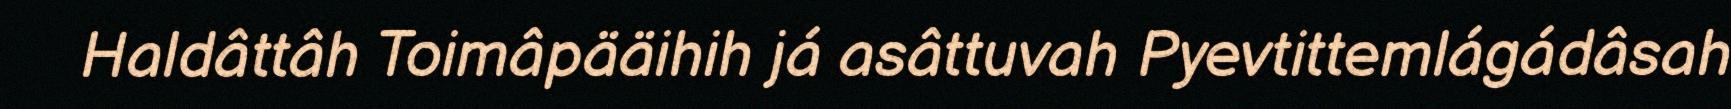
Haldâttâh Toimâpääihih já asâttuvah Pyevtittemlágádâsah